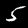
Label: 5